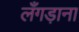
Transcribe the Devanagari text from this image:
लँगड़ाना